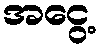
အငွေ့